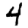
Digit: 4